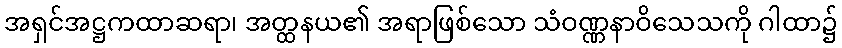
အရှင်အဋ္ဌကထာဆရာ၊ အတ္ထနယ၏ အရာဖြစ်သော သံဝဏ္ဏနာဝိသေသကို ဂါထာ၌